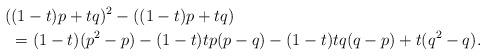
LaTeX: \begin{align*}(&(1-t)p+tq)^2-((1-t)p+tq) \\ & =(1-t)(p^2-p)-(1-t)tp(p-q)-(1-t)tq(q-p)+t(q^2-q).\end{align*}